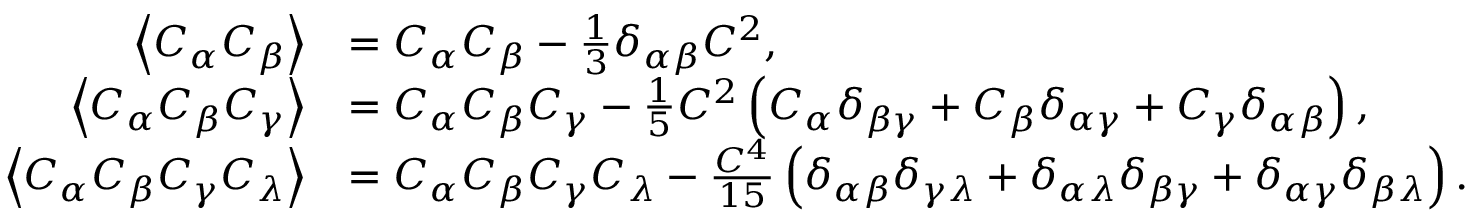
\begin{array} { r l } { \left\langle { C _ { \alpha } C _ { \beta } } \right\rangle } & { = C _ { \alpha } C _ { \beta } - \frac { 1 } { 3 } \delta _ { \alpha \beta } C ^ { 2 } , } \\ { \left\langle { C _ { \alpha } C _ { \beta } C _ { \gamma } } \right\rangle } & { = C _ { \alpha } C _ { \beta } C _ { \gamma } - \frac { 1 } { 5 } C ^ { 2 } \left( C _ { \alpha } \delta _ { \beta \gamma } + C _ { \beta } \delta _ { \alpha \gamma } + C _ { \gamma } \delta _ { \alpha \beta } \right) , } \\ { \left\langle { C _ { \alpha } C _ { \beta } C _ { \gamma } C _ { \lambda } } \right\rangle } & { = C _ { \alpha } C _ { \beta } C _ { \gamma } C _ { \lambda } - \frac { C ^ { 4 } } { 1 5 } \left( \delta _ { \alpha \beta } \delta _ { \gamma \lambda } + \delta _ { \alpha \lambda } \delta _ { \beta \gamma } + \delta _ { \alpha \gamma } \delta _ { \beta \lambda } \right) . } \end{array}